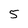
Character: 5